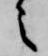
之